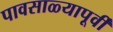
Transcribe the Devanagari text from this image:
पावसाळ्यापूर्वी